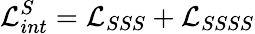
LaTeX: {\cal L}_{int}^{S}={\cal L}_{SSS}+{\cal L}_{SSSS}